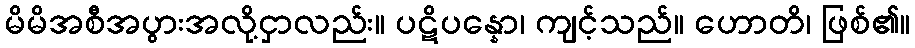
မိမိအစီအပွားအလို့ငှာလည်း။ ပဋိပန္နော၊ ကျင့်သည်။ ဟောတိ၊ ဖြစ်၏။